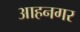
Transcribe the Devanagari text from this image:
आहनगर